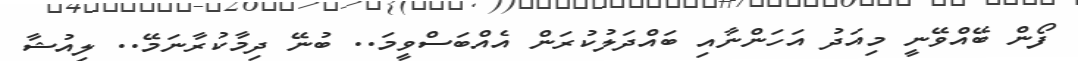
ފޯން ބޭއްވޭނީ މިއަދު އަހަންނާއި ބައްދަލުކުރަން އެއްބަސްވީމަ.. ބުނޭ ދިމާކުރާނަމޭ.. ލިއުޝާ